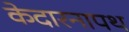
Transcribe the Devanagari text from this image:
केदारनापथ